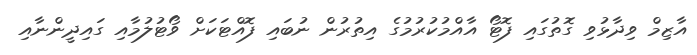
އާޒިމް ވިދާޅުވި ގޮތުގައި ފޮޓޯ އާއްމުކުރުމުގެ އިތުރުން ނުބައި ފޮއްޓަކަށް ވޯޓުލުމާއި ގައިދީންނާއި